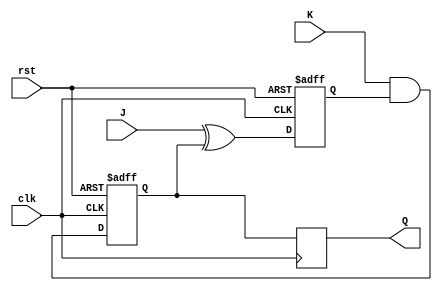
module jk_flipflop (
    input J, // Input J
    input K, // Input K
    input clk, // Clock input
    input rst, // Reset input
    output reg Q // Output Q
    );

reg jk_master, jk_slave;

always @(posedge clk or posedge rst)
begin
    if (rst) begin
        jk_master <= 1'b0;
        jk_slave <= 1'b0;
    end else begin
        jk_master <= J ^ jk_slave;
        jk_slave <= K & jk_master;
    end
end

always @(posedge clk)
begin
    Q <= jk_slave;
end

endmodule